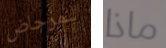
للمرحاض ماذا